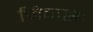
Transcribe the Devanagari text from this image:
निवासः